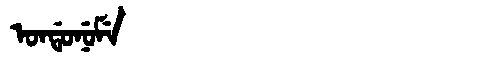
Manchu: ᠣᠨᡩᠣᠨᡠᠮᡝ
Romanization: ONDONUME